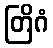
တြိဂံ